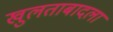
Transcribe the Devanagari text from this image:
खुलताबादला